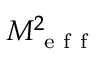
M _ { \mathrm { ~ e ~ f ~ f ~ } } ^ { 2 }